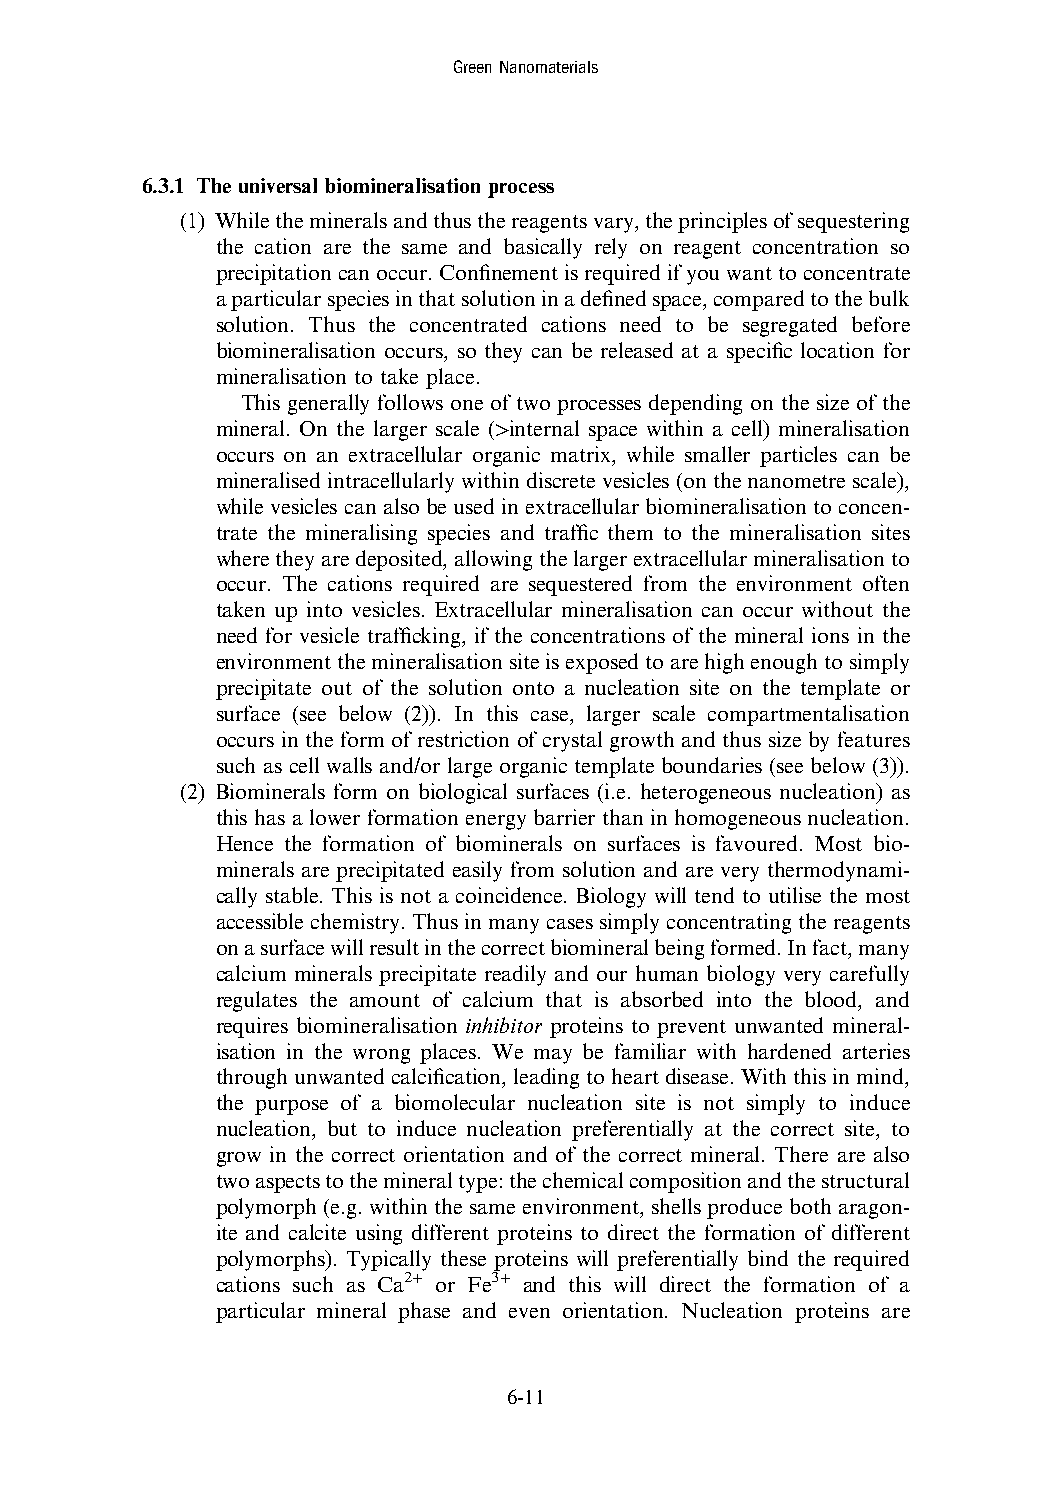
GreenNanomaterials
 6.3.1 The universal biomineralisation process
 (1) Whilethemineralsandthusthereagentsvary,theprinciplesofsequestering
 the cation are the same and basically rely on reagent concentration so
 precipitationcanoccur.Confinementisrequiredifyouwanttoconcentrate
 aparticularspeciesinthatsolutioninadefinedspace,comparedtothebulk
 solution. Thus the concentrated cations need to be segregated before
 biomineralisation occurs, so they can be released at a specific location for
 mineralisation to take place.
 This generally follows one of two processes depending on the size of the
 mineral. On the larger scale (>internal space within a cell) mineralisation
 occurs on an extracellular organic matrix, while smaller particles can be
 mineralised intracellularly within discrete vesicles (on the nanometre scale),
 while vesicles can also be used in extracellular biomineralisation to concen-
 trate the mineralising species and traffic them to the mineralisation sites
 wheretheyaredeposited,allowingthelargerextracellularmineralisationto
 occur. The cations required are sequestered from the environment often
 taken up into vesicles. Extracellular mineralisation can occur without the
 need for vesicle trafficking, if the concentrations of the mineral ions in the
 environmentthemineralisationsiteisexposedtoarehighenoughtosimply
 precipitate out of the solution onto a nucleation site on the template or
 surface (see below (2)). In this case, larger scale compartmentalisation
 occurs in the form of restriction of crystal growth and thus size by features
 such as cell walls and/or large organic template boundaries (see below (3)).
 (2) Biominerals form on biological surfaces (i.e. heterogeneous nucleation) as
 this has a lower formation energy barrier than in homogeneous nucleation.
 Hence the formation of biominerals on surfaces is favoured. Most bio-
 minerals are precipitated easily from solution and are very thermodynami-
 cally stable. This is not a coincidence. Biology will tend to utilise the most
 accessible chemistry. Thus in many cases simply concentrating the reagents
 onasurfacewillresultinthecorrectbiomineralbeingformed.Infact,many
 calcium minerals precipitate readily and our human biology very carefully
 regulates the amount of calcium that is absorbed into the blood, and
 requires biomineralisation inhibitor proteins to prevent unwanted mineral-
 isation in the wrong places. We may be familiar with hardened arteries
 throughunwantedcalcification,leadingtoheartdisease.Withthisinmind,
 the purpose of a biomolecular nucleation site is not simply to induce
 nucleation, but to induce nucleation preferentially at the correct site, to
 grow in the correct orientation and of the correct mineral. There are also
 twoaspectstothemineraltype:thechemicalcompositionandthestructural
 polymorph (e.g. within the same environment, shells produce both aragon-
 ite and calcite using different proteins to direct the formation of different
 polymorphs). Typically these proteins will preferentially bind the required
 cations such as
 Ca2+
 or
 Fe3+
 and this will direct the formation of a
 particular mineral phase and even orientation. Nucleation proteins are
 6-11